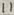
Text: 11